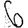
Digit: 6